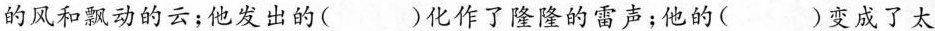
的风和飘动的云；他发出的( )化作了隆隆的雷声；他的( )变成了太